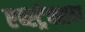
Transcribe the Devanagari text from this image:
एब्स्ट्रेक्शन